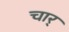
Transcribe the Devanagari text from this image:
चार्